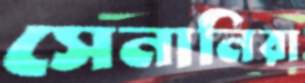
সেনানিরা